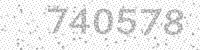
Solution: 740578